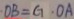
O B = G \cdot O A